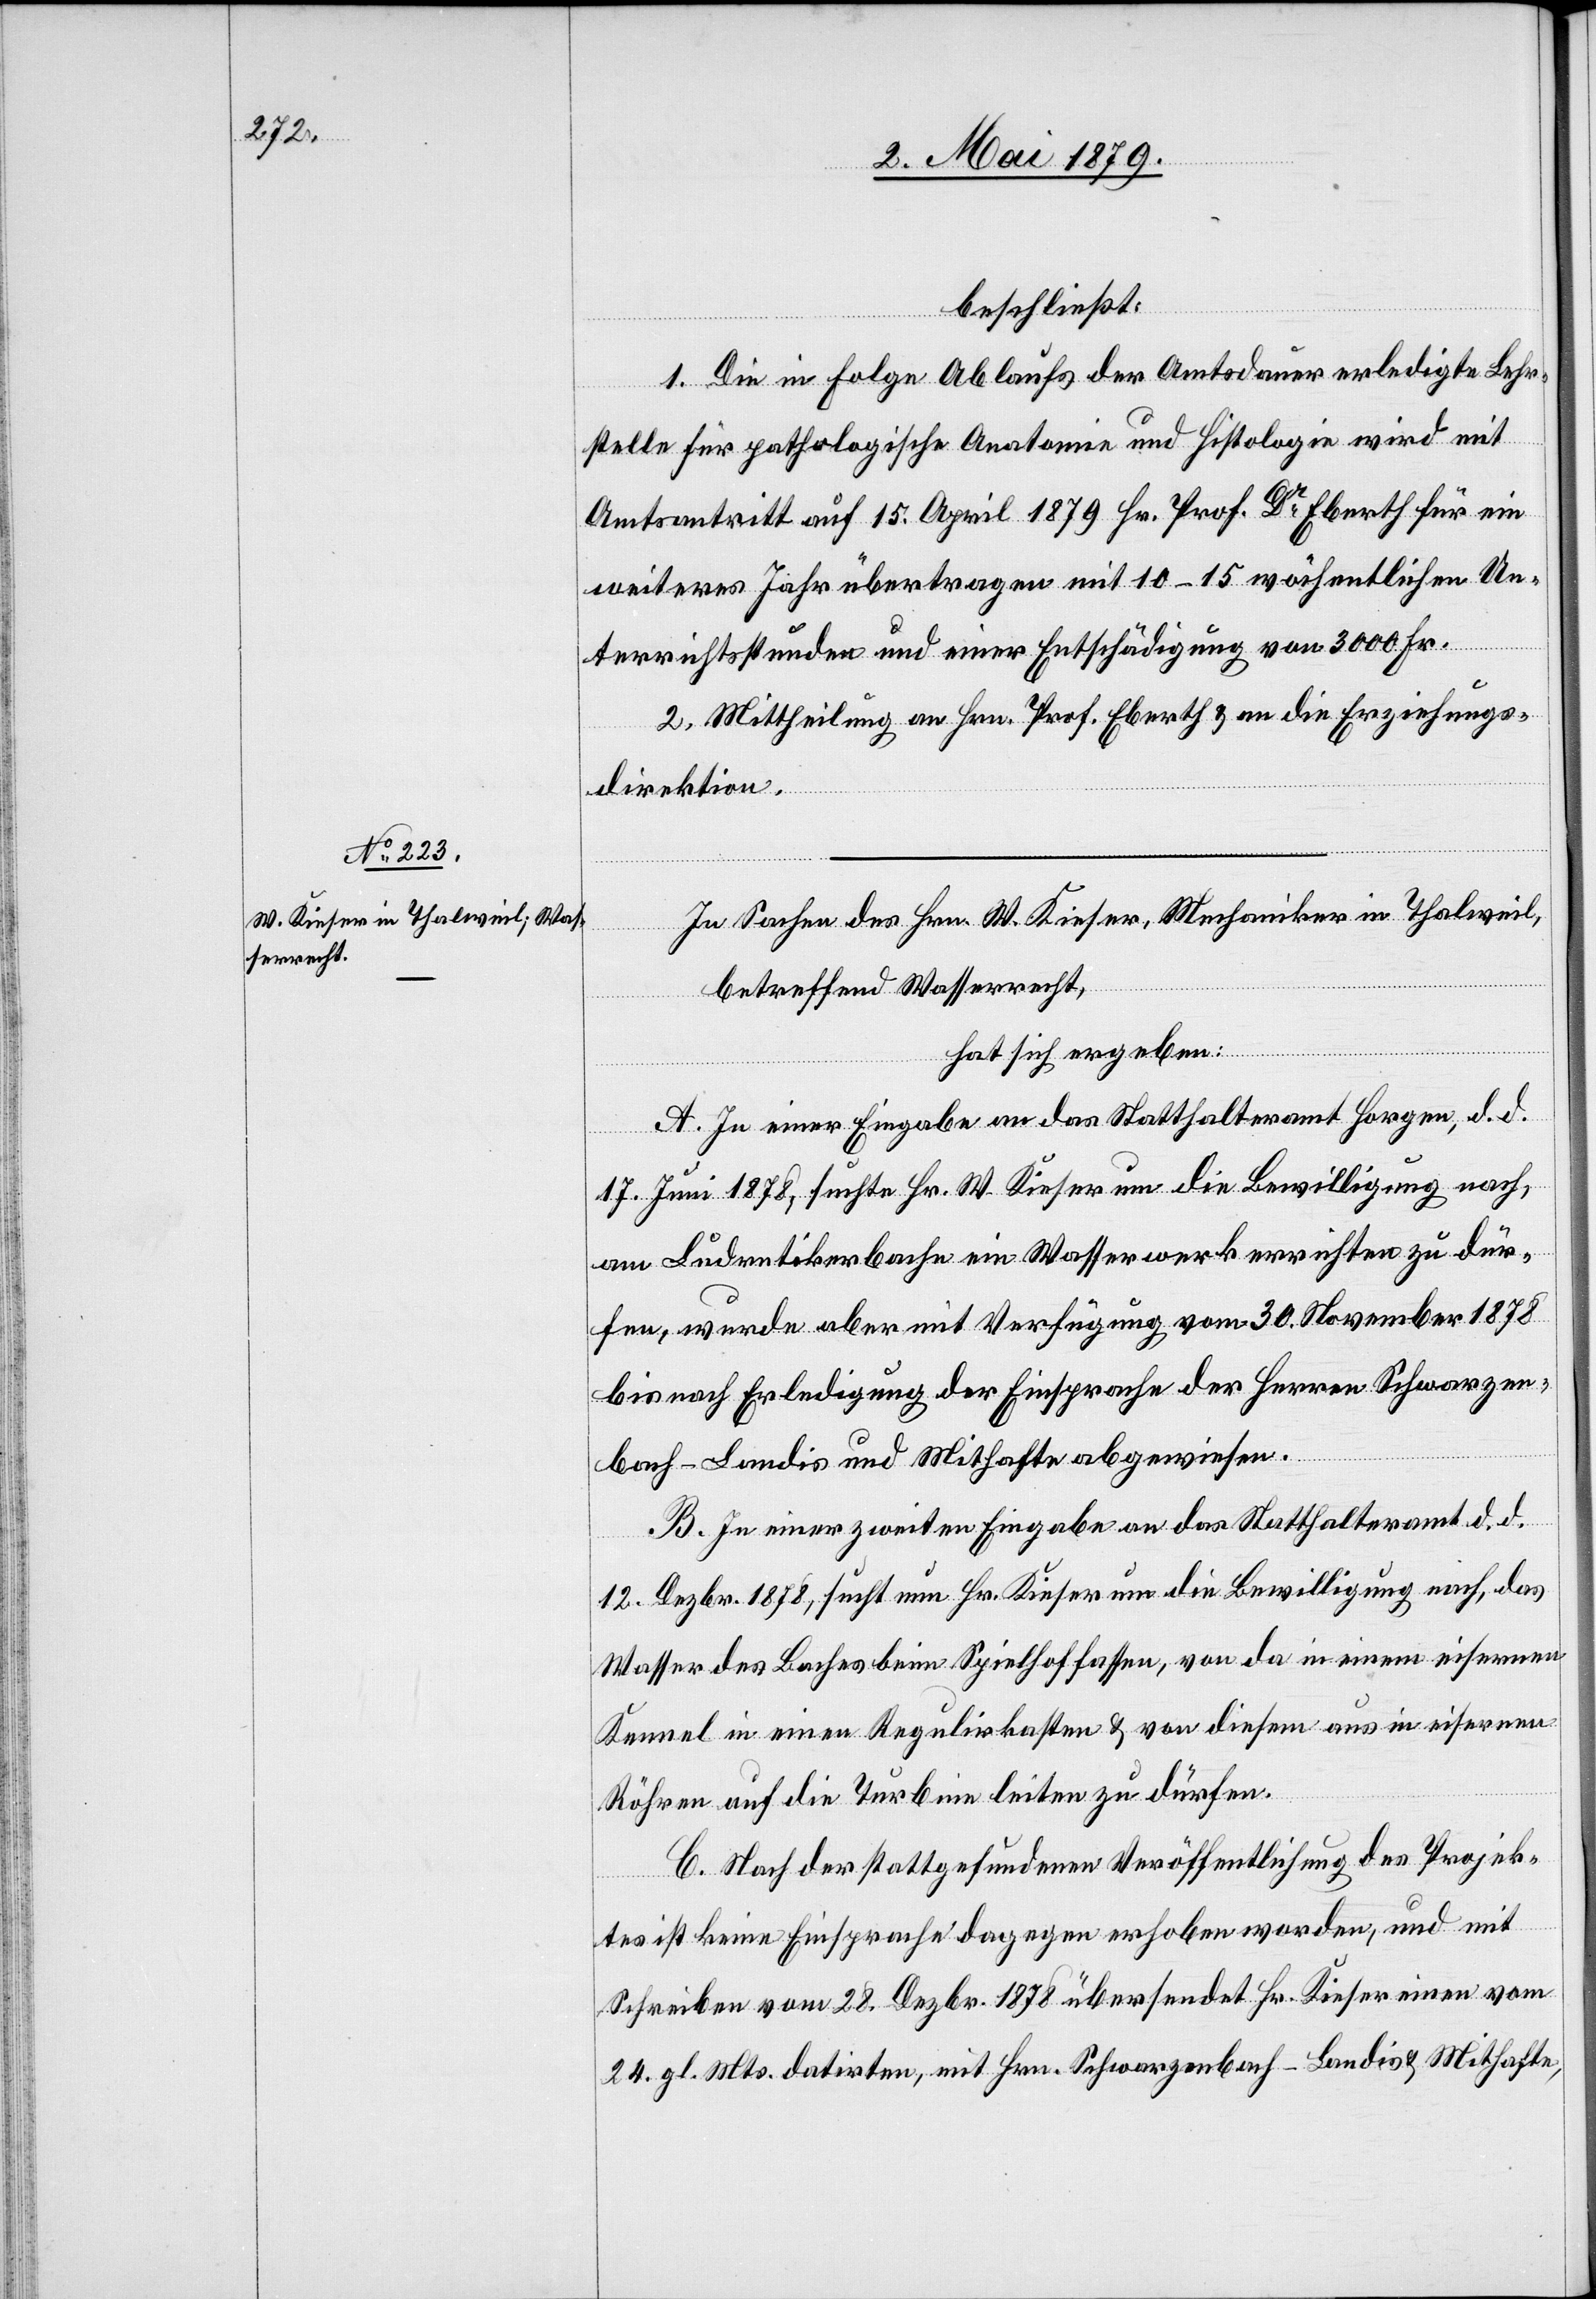
beschließt:
1. Die in Folge Ablaufs der Amtsdauer erledigte Lehr¬
stelle für pathologische Anatomie und Histologie wird mit
Amtsantritt auf 15. April 1879 Hr. Prof. Dr Eberth für ein
weiteres Jahr übertragen mit 10–15 wöchentlichen Un¬
terrichtsstunden und einer Entschädigung von 3000 Fr.
2. Mittheilung an Hrn. Prof. Eberth & an die Erziehungs¬
direktion.
In Sachen des Hrn. W. Kieser, Mechaniker in Thalweil,
betreffend Wasserrecht,
hat sich ergeben:
A. In einer Eingabe an das Statthalteramt Horgen, d. d.
17. Juni 1878, sucht Hr. W. Kieser um die Bewilligung nach,
am Ludretikerbache ein Wasserwerk errichten zu dür¬
fen, wurde aber mit Verfügung vom 30. November 1878
bis nach Erledigung der Einsprache der Herren Schwarzen¬
bach-Landis und Mithafte abgewiesen.
B. In einer zweiten Eingabe an das Statthalteramt d. d.
12. Dezbr. 1878, sucht nun Hr. Kieser um die Bewilligung nach, das
Wasser des Baches beim Spielhof fassen, von da in einem eisernen
Kennel in einen Regulirkasten & von diesem aus in eisernen
Röhren auf die Turbine leiten zu dürfen.
C. Nach der stattgefundenen Veröffentlichung des Projek¬
tes ist keine Einsprache dagegen erhoben worden, und mit
Schreiben vom 28. Dezbr. 1878 übersendet Hr. Kieser einen vom
24. gl. Mts. datirten, mit Hrn. Schwarzenbach-Landis & Mithafte,